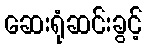
ဆေးရုံဆင်းခွင့်